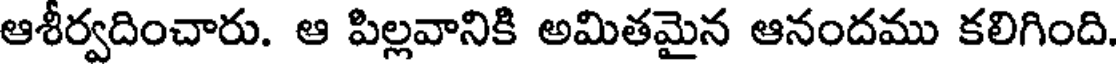
ఆశీర్వదించారు. ఆ పిల్లవానికి అమితమైన ఆనందము కలిగింది.